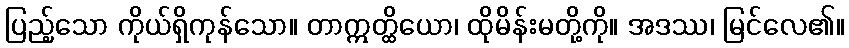
ပြည့်သော ကိုယ်ရှိကုန်သော။ တာဣတ္ထိယော၊ ထိုမိန်းမတို့ကို။ အဒဿ၊ မြင်လေ၏။